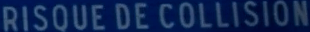
RISQUE DE COLLISION